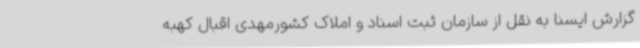
گزارش ایسنا به نقل از سازمان ثبت اسناد و املاک کشورمهدی اقبال کهبه